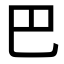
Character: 巴